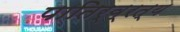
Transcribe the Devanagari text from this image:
पातिर्व्रत्य